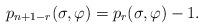
LaTeX: \begin{align*} p_{n+1-r}(\sigma,\varphi)=p_{r}(\sigma,\varphi)-1.\end{align*}